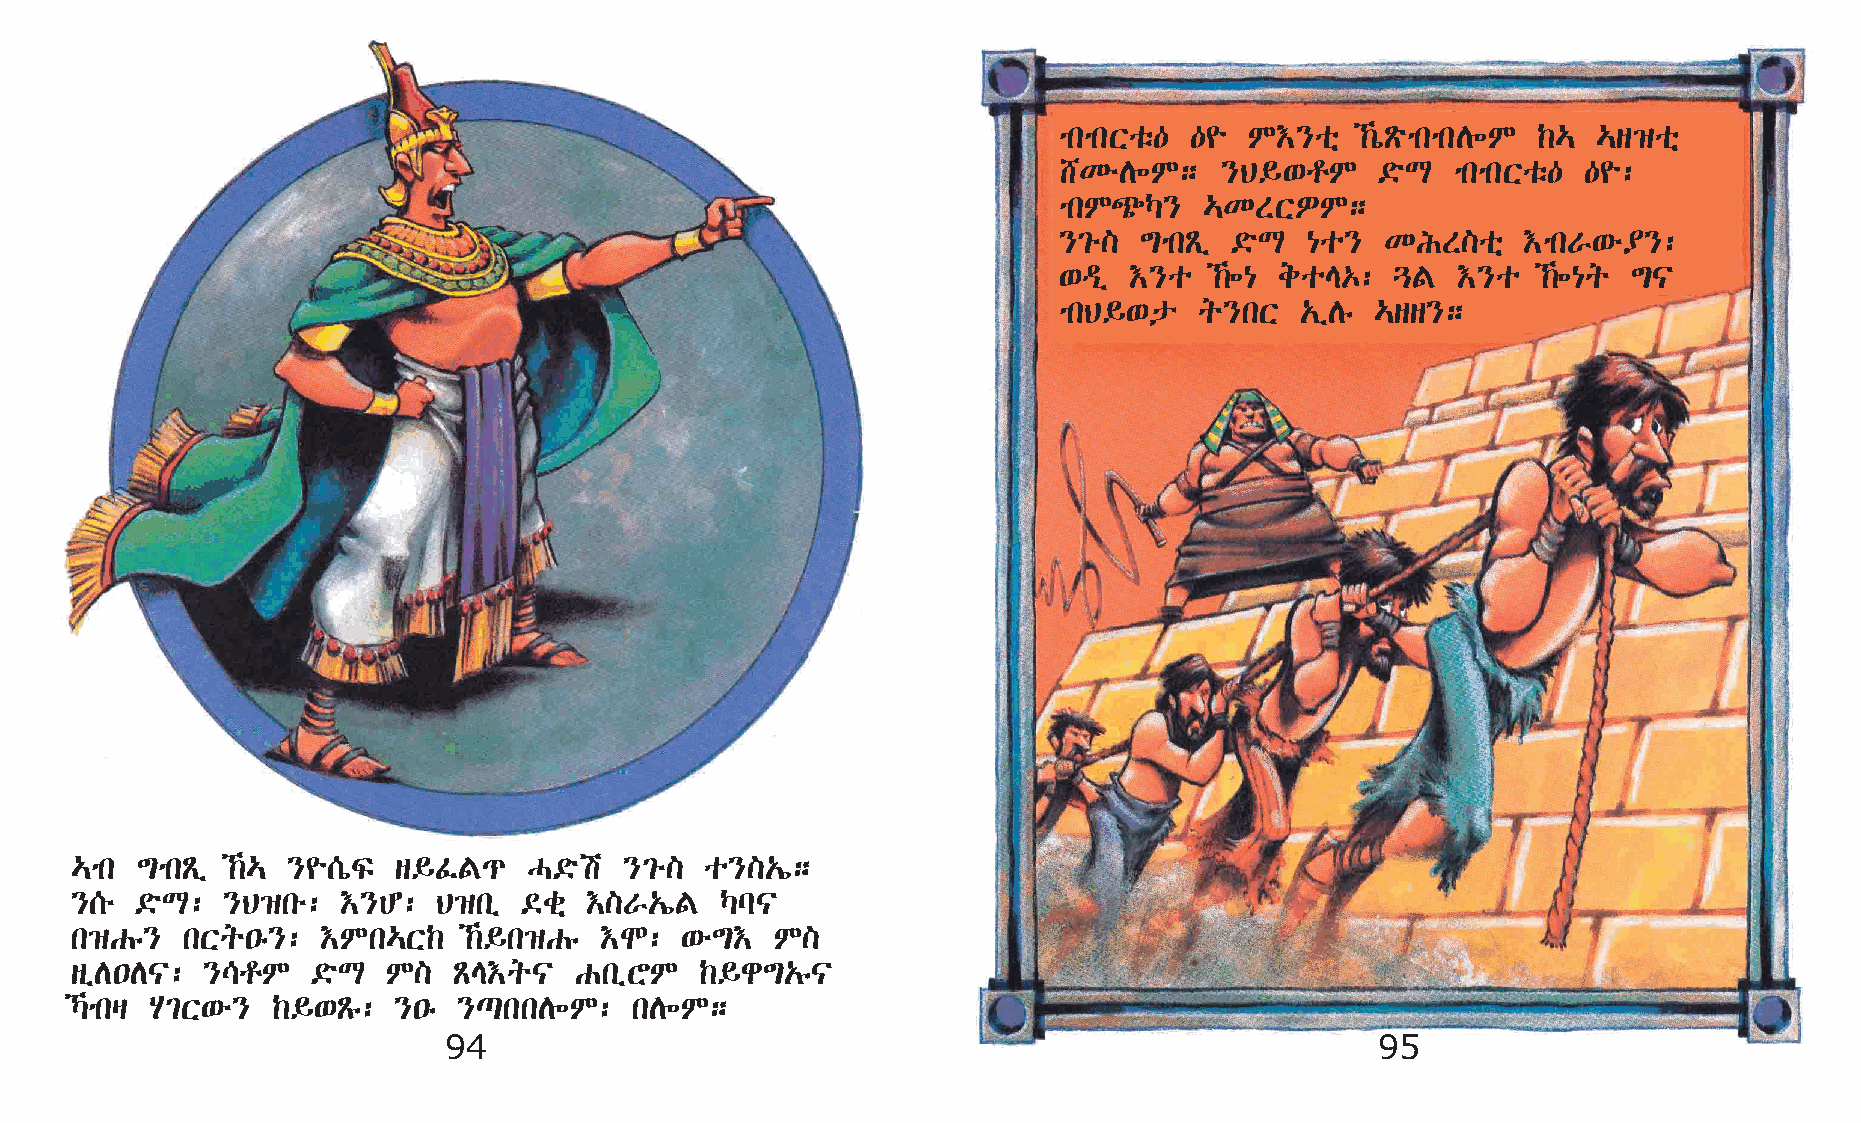
mkmkXoë— —¨  M†}oñ  ‰òÃömkmkD÷M ‰… …s›oñ
 _KéD÷M;    }B§‘rM    ©öL  mkmkXoë— —¨:
 mkM¿Š}    …KSXÈM;
 }²é] ´mkÃï  ©öL  {o}  KIS]oñ   †mkV‘é¥}:
 ‘ªï  †}o  ‰÷{ eoE‡:  ¶F  †}o   ‰÷{q ´|
 mkB§‘p   q}kX   „ïDê …ss};
 …mk ´mkÃï ‰… }¨[òÏ  s§ÊF¹    H©öa  }²é]  o}]„í;
 }[é ©öL:  }B›ké:  †}C:  B›kï ©cñ  †]V„íF   Šl|
 k›Gê}  kXq•ê}:  †Mk…X‰    ‰§k›Gê  †N:  ‘é´†  M]
 sïD•D|: }\rM    ©öL  M]  ÃE†q|   GkïYM   ‰§g´„ê|
 Šmkš A²X‘é} ‰§‘Ãê:  }•ê }¸kkD÷M:    kD÷M;
 94                                                            95